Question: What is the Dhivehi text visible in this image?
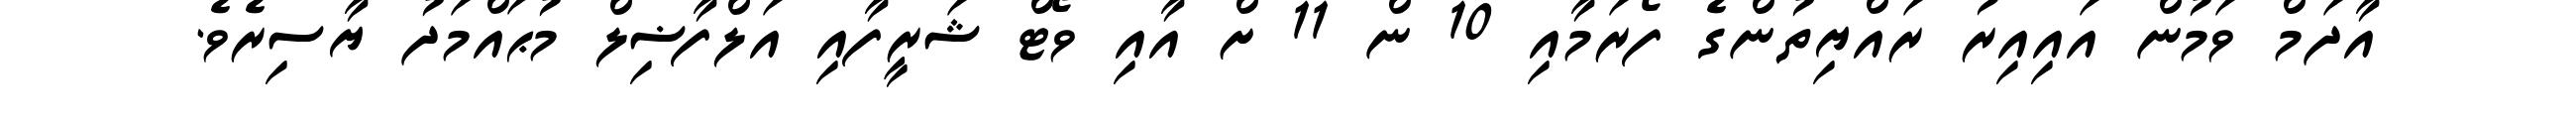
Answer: އާދަމް ވަމުން އައިއިރު ރައްޔިތުންގެ ފޯރަމާއި 10 ން 11 ށް އާއި ވޯޓް ޝަރީފާއި އަލްފާޟިލް މުޙައްމަދު ޔާސިރެވެ.